Report on sanitation, dispensaries, and jails in Rajputana for 1912, and on vaccination for the year 1912-1913 - 1912-1913
Year: 1912
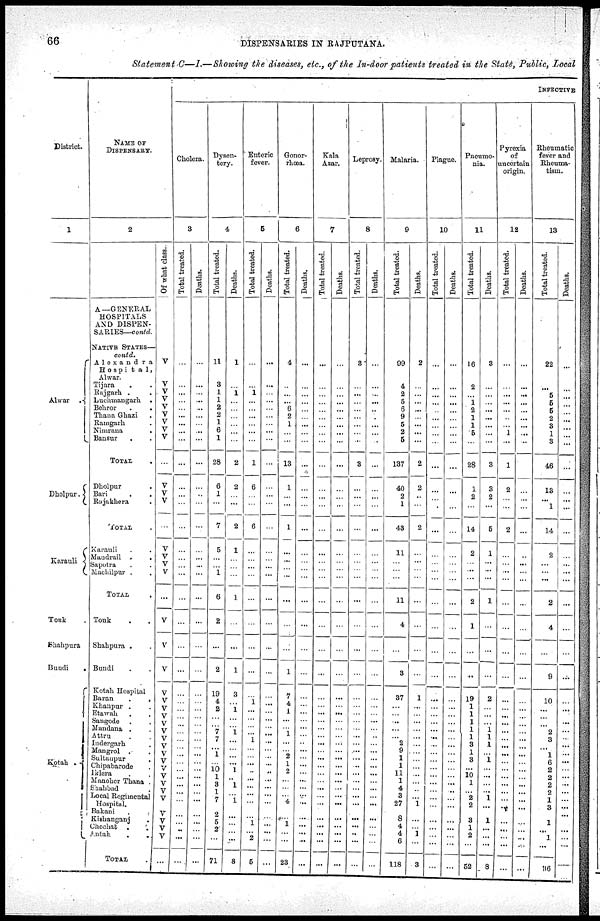
66
DISPENSARIES IN RAJPUTANA.
Statement C—I.— Showing the diseases, etc., of the In-door patients treated in the State, Public, Local
District.
1
Alwar
.
Dholpur.
Karauli
Tonk .
Shahpura
Bundi
.
Kotah
.
NAME OF
DISPENSARY.
2
A—GENERAL
HOSPITALS
AND DISPEN-
SARIES— contd.
NATIVE STATES—
contd.
A1exandra
Hospita1,
Alwar.
Tijara . .
Rajgarh . .
Luchunangarh
Behror . .
Thana Ghazi .
Ramgarh .
Nimrana .
Bansur . .
TOTAL .
Dholpur .
Bari . .
Rajakhera .
TOTAL .
Karauli . .
Maudrail . .
Sapotra . .
Machalpur . .
TOTAL .
Tonk . .
Shahpura . .
Bundi . .
Kotah Hospital .
Baran
.
.
Khanpur . .
Etawah . .
Sangode . .
Mandana . .
Attru . .
Indergarh .
Mangrol . .
Sultaupur
.
.
Chipnbarode .
Iklera .
Mancher Thana .
Shahbad .
Local Regimental
Hospital.
Rakani .
Kishanganj .
Chechat . .
Antah . .
TOTAL .
Of what class.
V
V
V
V
V
V
V
V
V
...
V
V
V
...
V
V
V
V
...
V
V
V
V
V
V
V
V
V
V
V
V
V
V
V
V
V
V
V
V
V
V
...
INFECTIVE
Cholera.
3
Total treated.
...
...
...
...
...
...
...
...
...
...
...
...
...
...
...
...
...
...
...
...
...
...
...
...
...
...
...
...
...
...
...
...
...
...
...
...
...
...
...
...
...
...
Deaths.
...
...
...
...
...
...
...
...
...
...
...
...
...
...
...
...
...
...
...
...
...
...
...
...
...
...
...
...
...
...
...
...
...
...
...
...
...
...
...
...
...
...
Dysen-
tery.
4
Total treated.
11
3
1
1
2
2
1
6
1
28
6
1
...
7
5
...
...
1
6
2
...
2
19
4
2
...
...
7
7
...
1
...
10
1
3
1
7
2
5
2
...
71
Deaths.
1
...
1
...
...
...
...
...
...
2
2
...
...
2
1
...
...
...
1
...
...
1
3
...
1
...
...
1
...
...
...
...
1
...
1
...
1
...
...
...
...
8
Enteric
fever.
5
Total treated.
...
...
1
...
...
...
...
...
...
1
6
...
...
6
...
...
...
...
...
...
...
...
...
1
...
...
...
...
1
...
...
...
...
...
...
...
...
...
1
...
2
5
Deaths.
...
...
...
...
...
...
...
...
...
...
...
...
...
...
...
...
...
...
...
...
...
...
...
...
...
...
...
...
...
...
...
...
...
...
...
...
...
...
...
...
...
...
Gonor-
rhœa.
6
Total treated.
4
...
...
...
6
2
1
...
...
13
1
...
...
1
...
...
...
...
...
...
...
1
7
4
1
...
...
...
...
...
2
1
2
...
...
...
4
...
1
...
...
23
Deaths.
...
...
...
...
...
...
...
...
...
...
...
...
...
...
...
...
...
...
...
...
...
...
...
...
...
...
...
...
...
...
...
...
...
...
...
...
...
...
...
...
..
...
Kala
Azar.
7
Total treated.
...
...
...
...
...
...
...
...
...
...
...
...
...
...
...
...
...
...
...
...
...
...
...
...
...
...
...
...
...
...
...
...
...
...
...
...
...
...
...
...
...
...
Deaths.
...
...
...
...
...
...
...
...
...
...
...
...
...
...
...
...
...
...
...
...
...
...
...
...
...
...
...
...
...
...
...
...
...
...
...
...
...
...
...
...
...
...
Leprosy.
8
Total treated.
3
...
...
...
...
...
...
...
...
3
...
...
...
...
...
...
...
...
...
...
...
...
...
...
...
...
...
...
...
...
...
...
...
...
...
...
...
...
...
...
...
...
Deaths.
...
...
...
...
...
...
...
...
...
...
...
...
...
...
...
...
...
...
...
...
...
...
...
...
...
...
...
...
...
...
...
...
...
...
...
...
...
...
...
...
...
...
Malaria.
9
Total treated.
99
4
2
5
6
9
5
2
5
137
40
2
1
43
11
...
...
...
11
4
...
3
37
...
...
...
...
...
2
9
1
1
11
1
4
3
27
8
4
4
6
118
Deaths.
2
...
...
...
...
...
...
...
...
2
2
...
...
2
...
...
...
...
...
...
...
...
1
...
...
...
...
...
...
...
...
...
...
...
...
...
...
1
...
...
1
3
Plague.
10
Total treated.
...
...
...
...
...
...
...
...
...
...
...
...
...
...
...
...
...
...
...
...
...
...
...
...
...
...
...
...
..
...
...
...
...
...
...
...
...
...
...
...
...
...
Deaths.
...
...
...
...
...
...
...
...
...
...
...
...
...
...
...
...
...
...
...
...
...
...
...
...
...
...
...
...
...
...
...
...
...
...
...
...
...
...
...
...
...
...
Pneumo-
nia.
11
Total treated.
16
2
...
1
2
1
1
5
...
28
1
2
...
14
2
...
...
...
2
1
...
...
19
...
1
1
1
1
1
3
1
3
...
10
1
...
2
2
3
1
2
52
Deaths.
3
...
...
...
...
...
...
...
...
3
3
2
...
5
1
...
...
...
1
...
...
...
2
...
...
...
...
1
1
1
...
1
...
...
...
...
1
...
1
...
...
8
Pyroxia
of
uncertain
origin
12
Total treated.
...
...
...
...
...
...
...
1
...
1
2
...
...
2
...
...
...
...
...
...
...
...
...
...
...
...
...
...
...
...
...
...
...
...
...
...
... ...
...
...
...
...
Deaths.
...
...
...
...
...
...
...
...
...
...
...
...
...
...
...
...
...
...
...
...
...
...
...
...
...
...
...
...
...
...
...
...
...
...
...
...
...
...
...
...
...
...
Rheumatic
fever and
Rheuma-
tism.
13
Total treated.
22
...
5
5
5
2
3
1
3
46
13
...
1
14
2
...
...
...
2
4
...
9
10
...
...
...
...
2
3
...
1
6
2
2
2
2
1
3
1
...
1
116
Deaths.
...
...
...
...
...
...
...
...
...
...
...
...
...
...
...
...
...
...
...
...
...
...
...
...
...
...
...
...
...
...
...
...
...
...
...
...
...
...
...
...
...